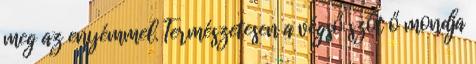
meg az enyémmel. Természetesen a végső szót ő mondja